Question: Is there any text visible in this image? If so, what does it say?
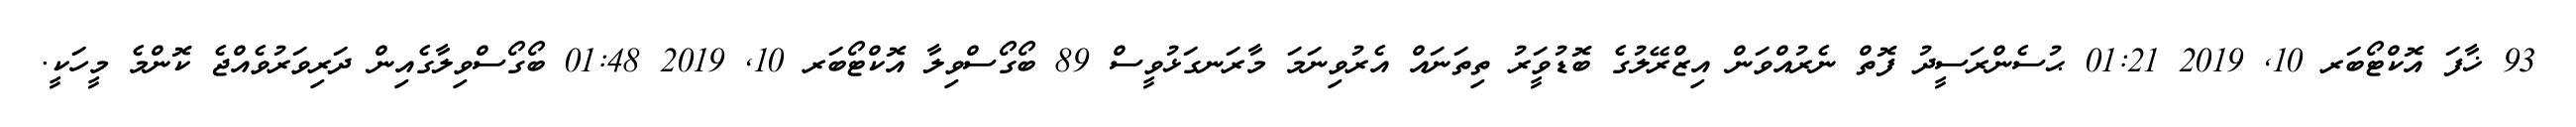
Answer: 93 ޚާފަ އޮކްޓޯބަރ 10, 2019 01:21 ޙުސެންރަސީދު ފޮތް ނެރުއްވަން އިޒްރޭލުގެ ބޮޑުވަީރު ތިތަނައް އެރުވިނަމަ މާރަނގަޅުވީސް 89 ބޯގޯސްވިލާ އޮކްޓޯބަރ 10, 2019 01:48 ބޯގޯސްވިލާގެއިން ދަރިވަރުވެއްޖެ ކޮންމެ މީހަކީ.